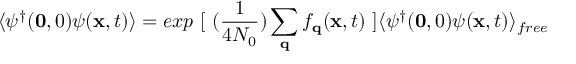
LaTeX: \langle \psi ^ { \dagger } ( { \bf { 0 } } , 0 ) \psi ( { \bf { x } } , t ) \rangle = e x p \mathrm { ~ } [ \mathrm { ~ } ( \frac { 1 } { 4 N _ { 0 } } ) \sum _ { { \bf { q } } } f _ { { \bf { q } } } ( { \bf { x } } , t ) \mathrm { ~ } ] \langle \psi ^ { \dagger } ( { \bf { 0 } } , 0 ) \psi ( { \bf { x } } , t ) \rangle _ { f r e e }